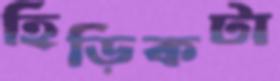
হিড়িকটা